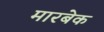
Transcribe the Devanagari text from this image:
मारबेक